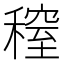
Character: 𥡫